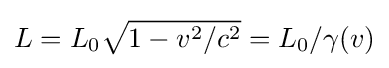
L=L_{0}{\sqrt {1-v^{2}/c^{2}}}=L_{0}/{\gamma (v)}